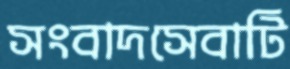
সংবাদসেবাটি